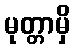
မုတ္တာမှိ